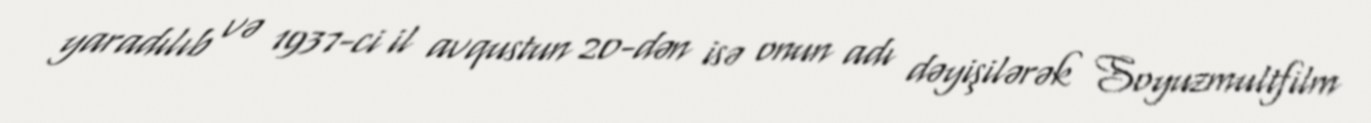
yaradılıb və 1937-ci il avqustun 20-dən isə onun adı dəyişilərək Soyuzmultfilm